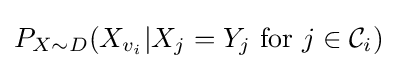
P_{X\sim D}(X_{v_{i}}|X_{j}=Y_{j}{\text{ for }}j\in {\mathcal {C}}_{i})